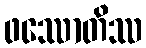
ဖဿောတိဿ